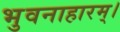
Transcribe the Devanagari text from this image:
भुवनाहारम्‌।